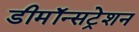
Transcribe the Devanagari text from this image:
डीमॉन्सट्रेशन